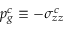
p _ { g } ^ { c } \equiv - \sigma _ { z z } ^ { c }